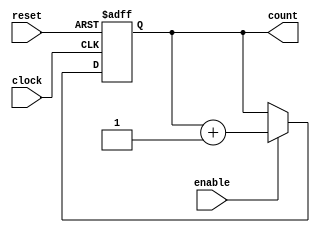
module synchronous_counter (
    input wire clock,           // Clock input
    input wire reset,           // Active-high reset input
    input wire enable,          // Enable input for counting
    output reg [3:0] count      // 4-bit counter output
);

// Sequential logic block triggered on the rising edge of the clock
always @(posedge clock or posedge reset) begin
    if (reset) begin
        // Reset logic: Set count to zero
        count <= 4'b0000;
    end else if (enable) begin
        // Count logic: Increment count if enabled
        count <= count + 1;
    end
end

endmodule